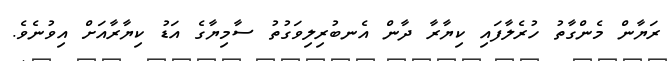
ރަޔާން މެންގާތު ހުރެލާފައި ކިޔާރާ ދާން އެނބުރިލިވަގުތު ސާމިޔާގެ އަޑު ކިޔާރާއަށް އިވުނެވެ.